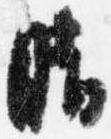
晴